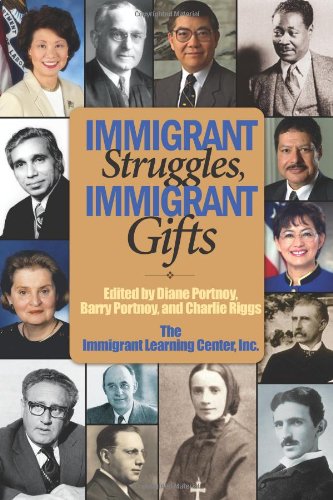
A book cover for Immigrant Struggles, Immigrant Gifts; History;